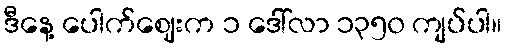
ဒီနေ့ ပေါက်ဈေးက ၁ ဒေါ်လာ ၁၃၅၀ ကျပ်ပါ။